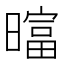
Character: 𬁗